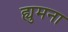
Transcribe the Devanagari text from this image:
ह्युमना